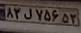
۸۳ل۷۵۶۵۳